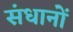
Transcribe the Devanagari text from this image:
संधानों